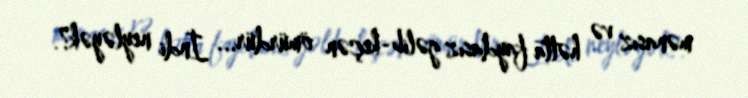
mənasız və hətta faydasız gəlib-keçən ömürdür... İndi neyləyək?.